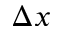
\Delta x